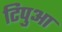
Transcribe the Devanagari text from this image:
टिपुआ